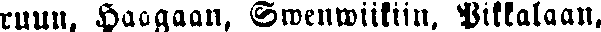
ruun, Haagaan, Swenwiikiin, Pikkalaan,